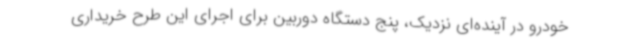
خودرو در آینده‌ای نزدیک، پنج دستگاه دوربین برای اجرای این طرح خریداری